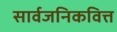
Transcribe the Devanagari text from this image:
सार्वजनिकवित्त